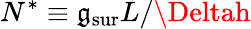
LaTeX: N^{*}\equiv{{\mathfrak{g}_{\mathrm{{sur}}}}L}/{\Deltah}